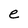
Character: e